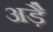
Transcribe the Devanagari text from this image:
अड़ै